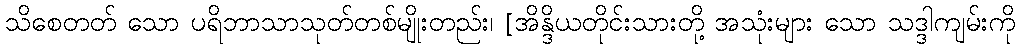
သိစေတတ် သော ပရိဘာသာသုတ်တစ်မျိုးတည်း၊ [အိန္ဒိယတိုင်းသားတို့ အသုံးများ သော သဒ္ဒါကျမ်းကို